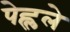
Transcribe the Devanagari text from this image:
पेह्लले